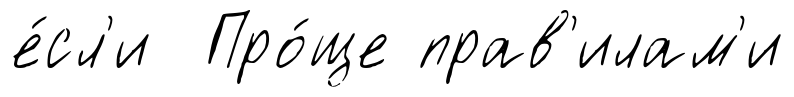
е́сл'и Про́ще прав'илам'и